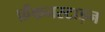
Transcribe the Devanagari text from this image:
फ़ैंकनस्टाइन